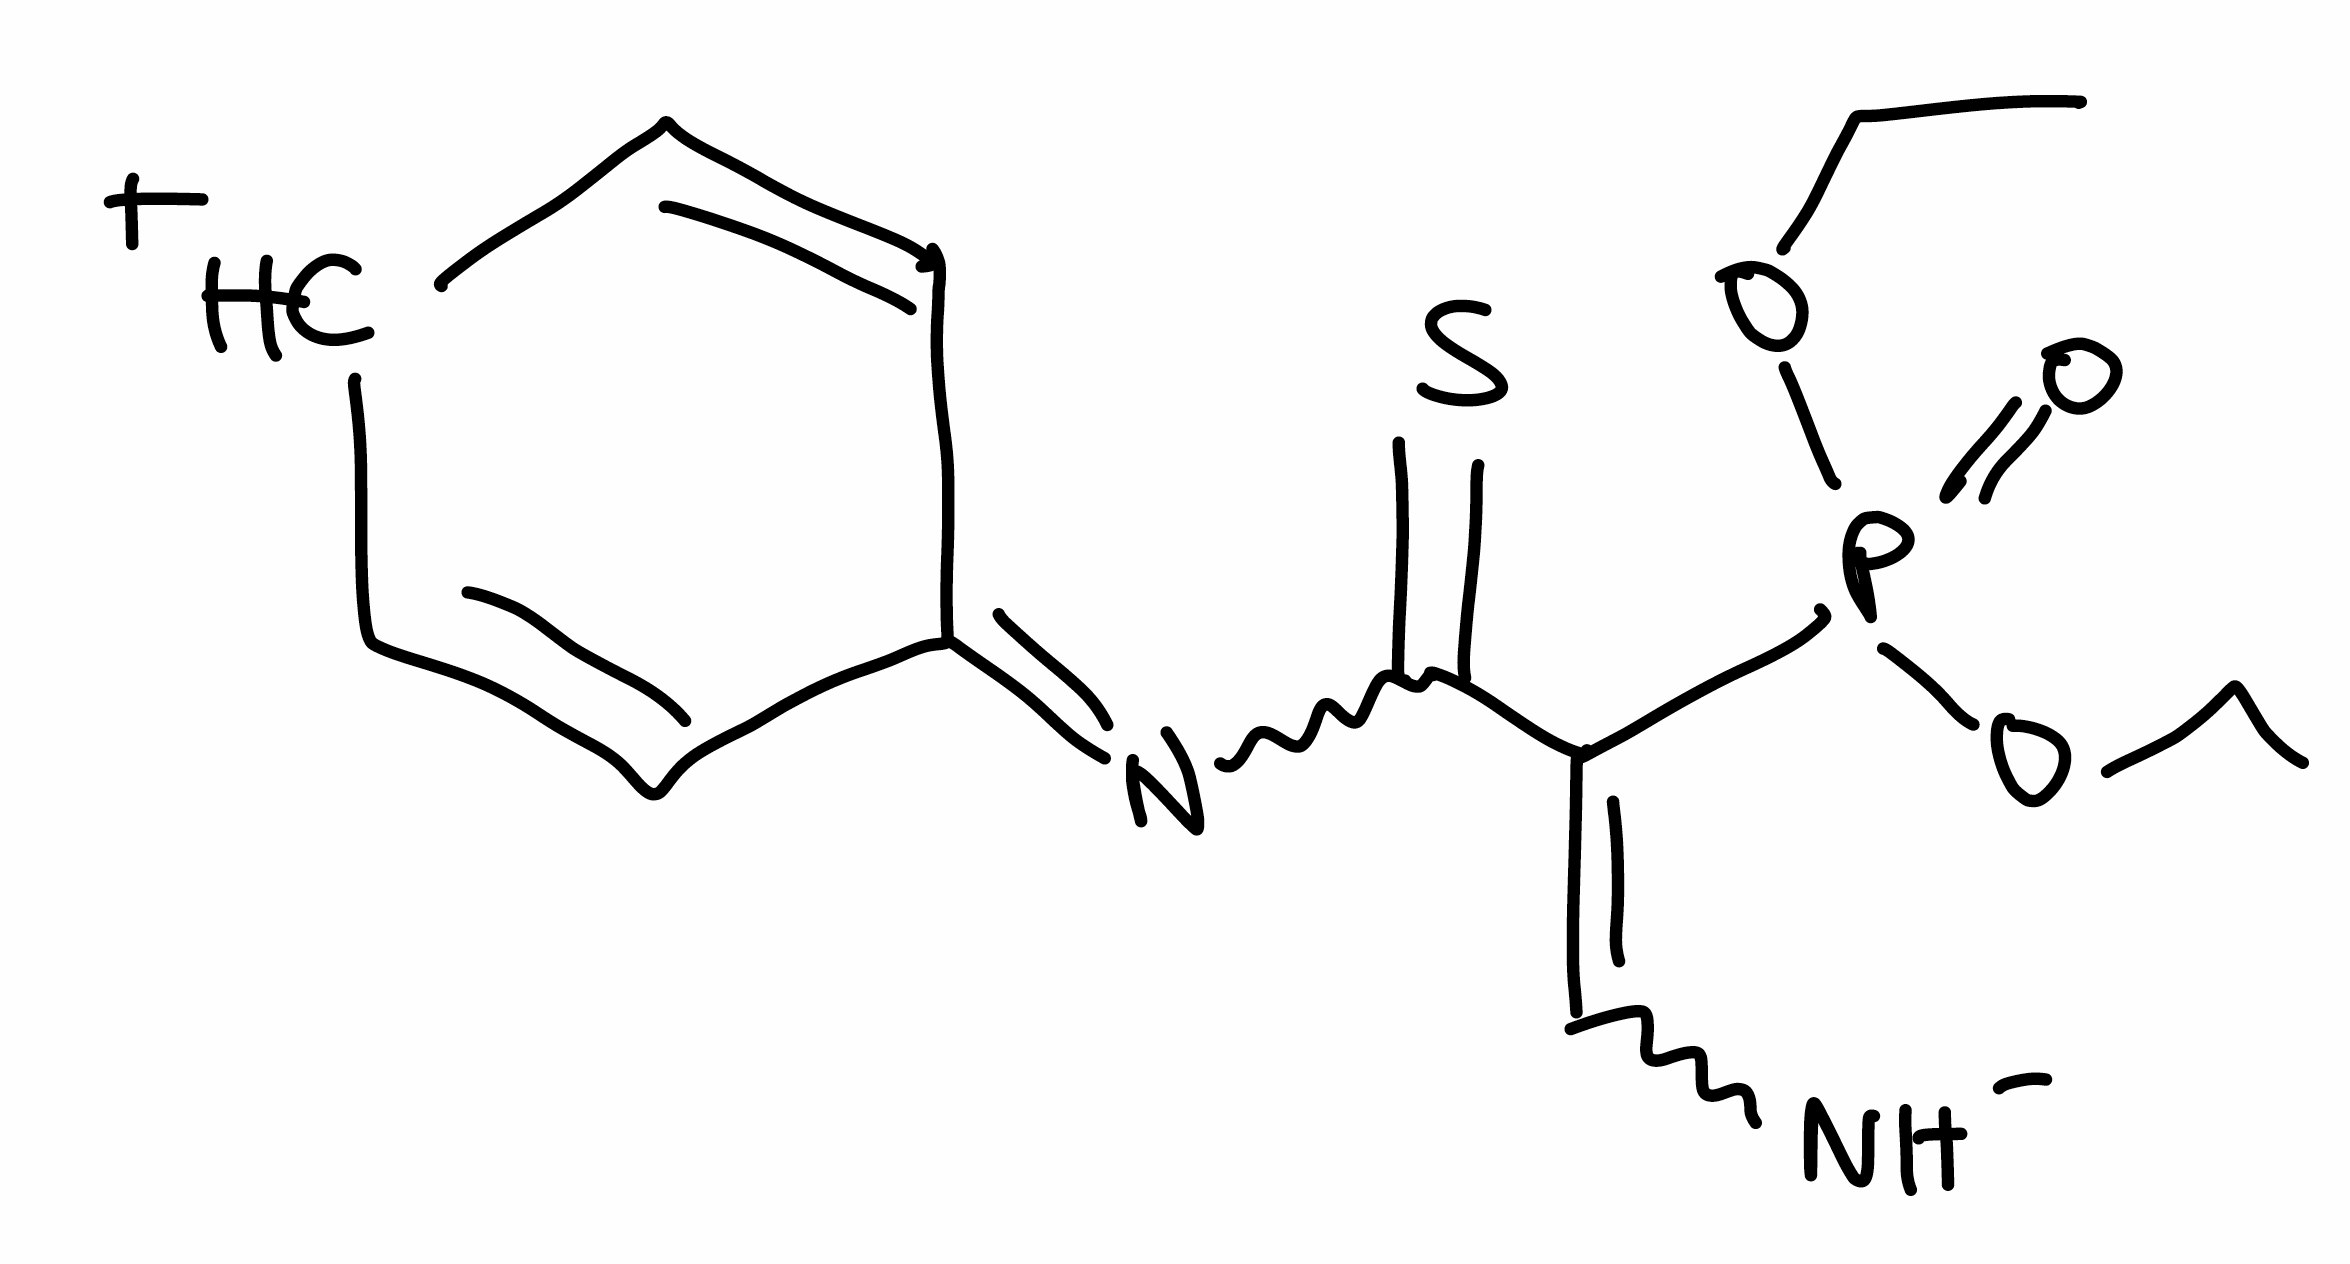
Simplified molecular-input line-entry system (SMILES) notation of the given molecule:
CCOP(=O)(C(=C[NH-])C(=S)N=C1C=C[CH+]C=C1)OCC